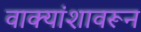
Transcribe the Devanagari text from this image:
वाक्यांशावरून